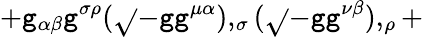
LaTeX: +\mathtt{g}_{\alpha\beta}\mathtt{g}^{\sigma\rho}({\sqrt{}{{-\mathtt{g}}}}\mathtt{g}^{\mu\alpha}),_{\sigma}({\sqrt{}{{-\mathtt{g}}}}\mathtt{g}^{\nu\beta}),_{\rho}+